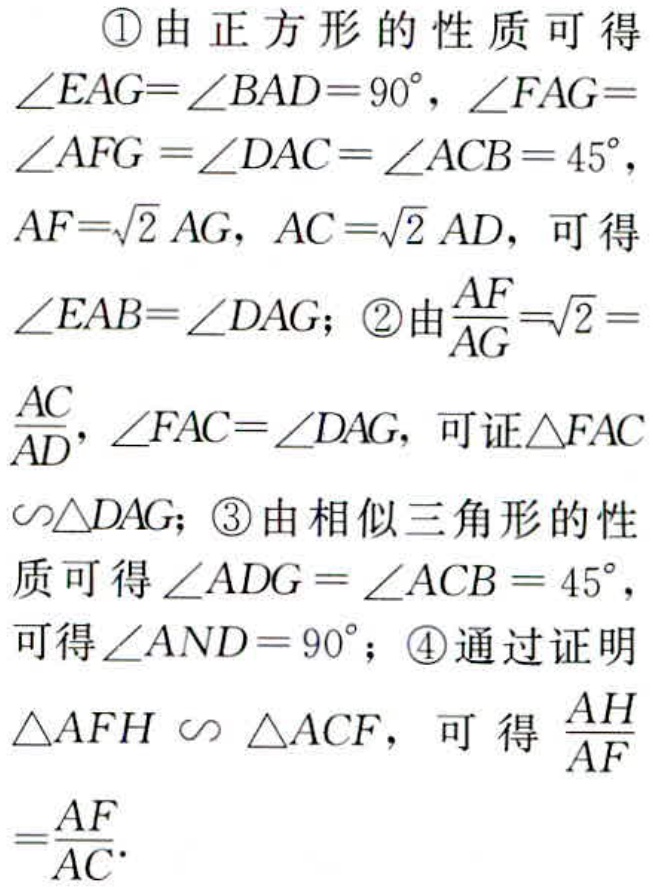
\textcircled{1}由正方形的性质可得$\angle EAG = \angle BAD = 90^{\circ},\angle FAG=\angle AFG=\angle DAC = \angle ACB = 45^{\circ},AF = \sqrt{2}AG,AC=\sqrt{2}AD$，可得$\angle EAB=\angle DAG$；\textcircled{2}由$\frac{AF}{AG}=\sqrt{2}=\frac{AC}{AD},\angle FAC=\angle DAG$，可证$\triangle FAC\sim\triangle DAG$；\textcircled{3}由相似三角形的性质可得$\angle ADG=\angle ACB = 45^{\circ}$，可得$\angle AND = 90^{\circ}$；\textcircled{4}通过证明$\triangle AFH\sim\triangle ACF$，可得$\frac{AH}{AF}=\frac{AF}{AC}$.